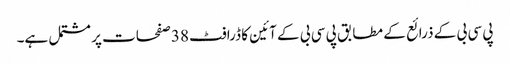
پی سی بی کے ذرائع کے مطابق پی سی بی کے آئین کا ڈرافٹ 38 صفحات پر مشتمل ہے۔